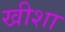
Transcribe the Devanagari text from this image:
खीशा